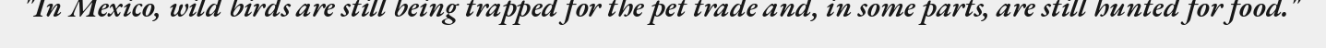
"In Mexico, wild birds are still being trapped for the pet trade and, in some parts, are still hunted for food."